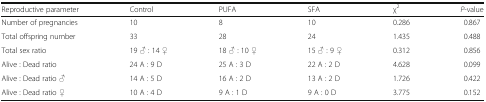
<table><thead><tr><td><b>Reproductive parameter</b></td><td><b>Control</b></td><td><b>PUFA</b></td><td><b>SFA</b></td><td><b>χ<sup>2</sup></b></td><td><b><i>P</i>-value</b></td></tr></thead><tbody><tr><td>Number of pregnancies</td><td>10</td><td>8</td><td>10</td><td>0.286</td><td>0.867</td></tr><tr><td>Total offspring number</td><td>33</td><td>28</td><td>24</td><td>1.435</td><td>0.488</td></tr><tr><td>Total sex ratio</td><td>19 ♂ : 14 ♀</td><td>18 ♂ : 10 ♀</td><td>15 ♂ : 9 ♀</td><td>0.312</td><td>0.856</td></tr><tr><td>Alive : Dead ratio</td><td>24 A : 9 D</td><td>25 A : 3 D</td><td>22 A : 2 D</td><td>4.628</td><td>0.099</td></tr><tr><td>Alive : Dead ratio ♂</td><td>14 A : 5 D</td><td>16 A : 2 D</td><td>13 A : 2 D</td><td>1.726</td><td>0.422</td></tr><tr><td>Alive : Dead ratio ♀</td><td>10 A : 4 D</td><td>9 A : 1 D</td><td>9 A : 0 D</td><td>3.775</td><td>0.152</td></tr></tbody></table>